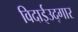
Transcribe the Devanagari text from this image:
विदाईउद्गार